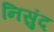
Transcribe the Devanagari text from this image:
निसुंद